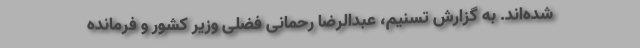
شده‌اند. به گزارش تسنیم،‌ عبدالرضا رحمانی فضلی وزیر کشور و فرمانده